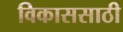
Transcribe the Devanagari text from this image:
विकाससाठी